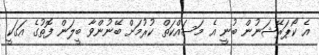
އެ ކޯޕަރޭޝަނުން ބުނީ އެ މަސައްކަތް ކުރުމަށް ބޭނުންވާ ބީލަން ފޮތުގެ އަގަކީ